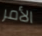
الأمر